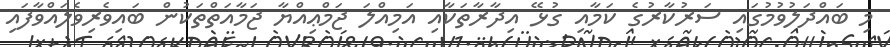
މި ބައްދަލުވުމުގައި ސަރުކާރުގެ ކަމާއި ގުޅޭ އިދާރާތަކާއި އަމިއްލަ ޖަމްޢިއްޔާ ޖަމާއަތްތަކުން ބައިވެރިވެލައްވާފައި